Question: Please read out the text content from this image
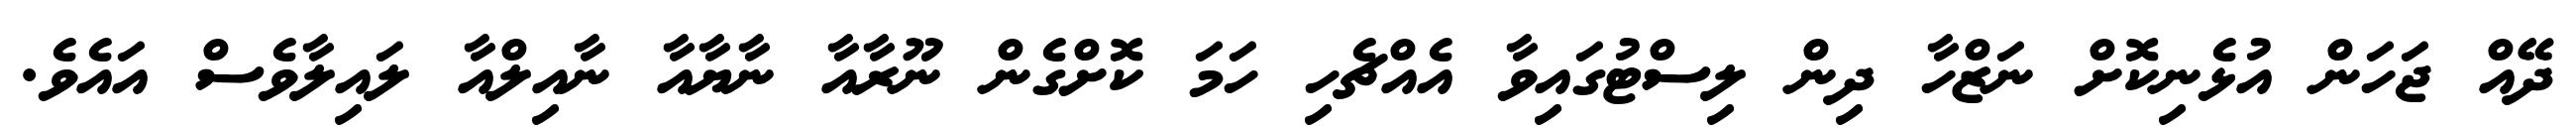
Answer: ދޭއް ޖަހަން އުޅެނިކޮށް ނަޒްހާ ދިން ލިސްޓުގައިވާ އެއްޗެހި ހަމަ ކޮށްގެން ނޫރާއާ ނާޔާއާ ނާއިލްއާ ލައިލާވެސް އައެވެ.